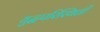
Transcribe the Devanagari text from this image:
युद्धपरिस्थिती